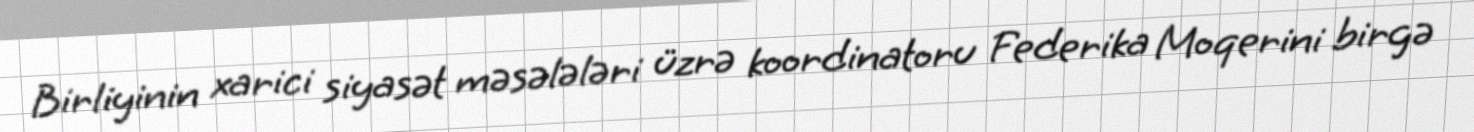
Birliyinin xarici siyasət məsələləri üzrə koordinatoru Federika Moqerini birgə